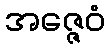
အဇ္ဇေဝံ